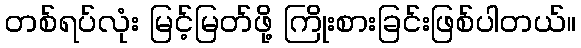
တစ်ရပ်လုံး မြင့်မြတ်ဖို့ ကြိုးစားခြင်းဖြစ်ပါတယ်။